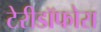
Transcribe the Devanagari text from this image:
टेरीडॉफोरा